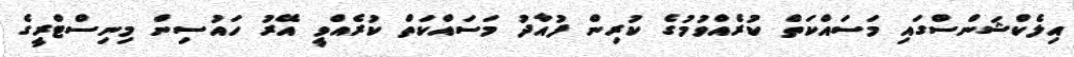
އިލެކްޝަންސްގައި މަސައްކަތް ކުރެއްވުމުގެ ކުރިން ފުއާދު މަސައްކަތް ކުރެއްވީ އޭރު ހައުސިން މިނިސްޓްރީގެ